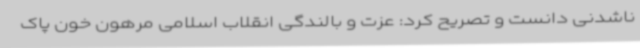
ناشدنی دانست و تصریح کرد: عزت و بالندگی انقلاب اسلامی مرهون خون پاک